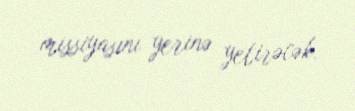
missiyasını yerinə yetirəcək.